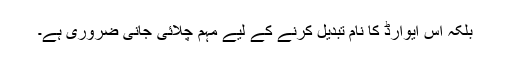
بلکہ اس ایوارڈ کا نام تبدیل کرنے کے لیے مہم چلائی جانی ضروری ہے۔